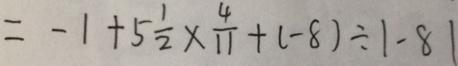
= - 1 + 5 \frac { 1 } { 2 } \times \frac { 4 } { 1 1 } + ( - 8 ) \div \vert - 8 \vert